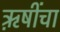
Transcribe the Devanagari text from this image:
ऋ़षींचा